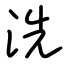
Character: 洗